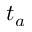
t _ { a }